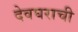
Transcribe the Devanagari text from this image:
देवघराची